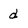
Character: d